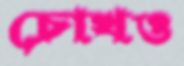
চোখও